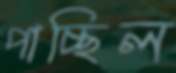
পাচ্ছিল